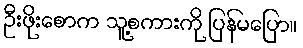
ဦးဖိုးစောက သူ့စကားကို ပြန်မပြော။